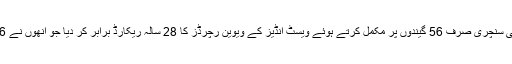
ابوظہبی ٹیسٹ کی دوسری اننگز میں انہوں نے اپنی سنچری صرف 56 گیندوں پر مکمل کرتے ہوئے ویسٹ انڈیز کے ویوین رچرڈز کا 28 سالہ ریکارڈ برابر کر دیا جو انھوں نے 1986 میں انگلینڈ کے خلاف انٹیگا میں قائم کیا تھا۔